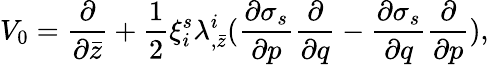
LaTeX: V_{0}={\frac{\partial}{\partial\bar{z}}}+{\frac{1}{2}}\xi_{i}^{s}\lambda_{,\bar{z}}^{i}({\frac{\partial\sigma_{s}}{\partial p}}{\frac{\partial}{\partial q}}-{\frac{\partial\sigma_{s}}{\partial q}}{\frac{\partial}{\partial p}}),